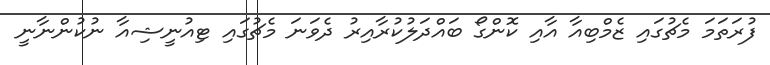
ފުރަތަމަ މެޗުގައި ޒެމްބިއާ އާއި ކޮންގޯ ބައްދަލުކުރާއިރު ދެވަނަ މެޗުގައި ޓިއުނީޝިއާ ނުކުންނާނީ